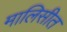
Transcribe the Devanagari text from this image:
मालिसीत